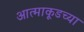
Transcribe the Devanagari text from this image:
आत्माकूडच्या